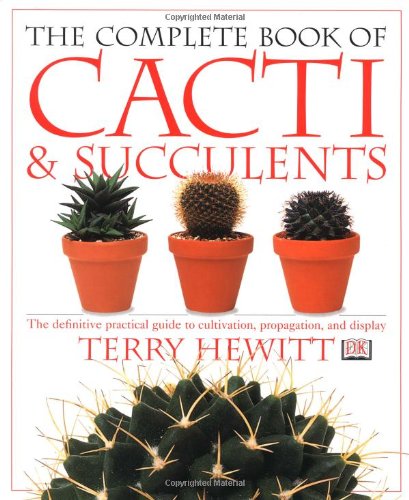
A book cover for The Complete Book of Cacti & Succulents; Terry Hewitt; Crafts, Hobbies & Home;